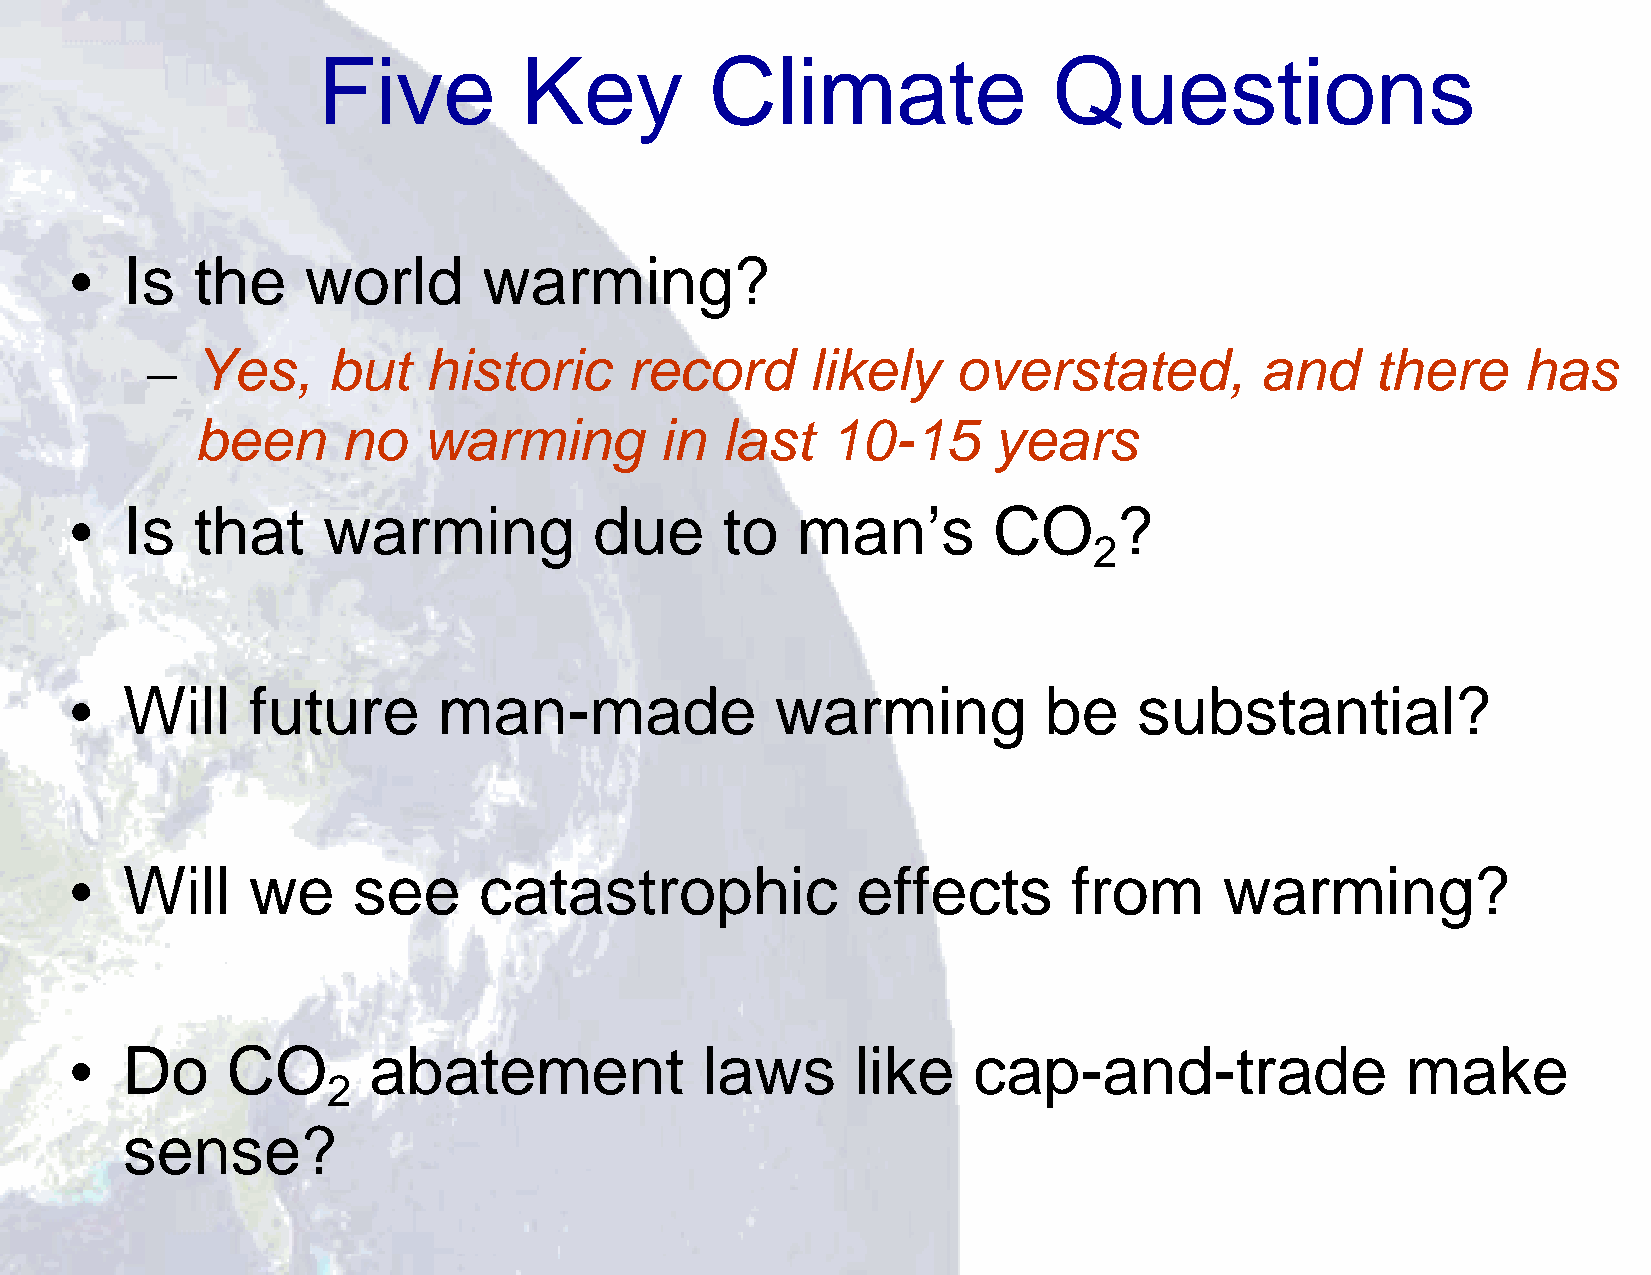
33
 Five         Key          Climate                Questions
 •  Is   the    world       warming?
 –  Yes,     but   historic     record       likely   overstated,         and     there     has
 been      no   warming         in  last   10-15      years
 •  Is   that    warming           due      to   man’s        CO      ?
 2
 •  Will    future       man-made              warming           be    substantial?
 •  Will    we     see      catastrophic             effects       from      warming?
 •  Do     CO       abatement             laws       like   cap-and-trade                make
 2
 sense?